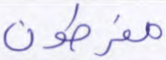
مفرطون